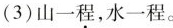
(3)山一程，水一程。